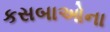
કસબાઓના